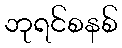
ဘုရင်စနစ်